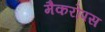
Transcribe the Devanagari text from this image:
मैकरोपस